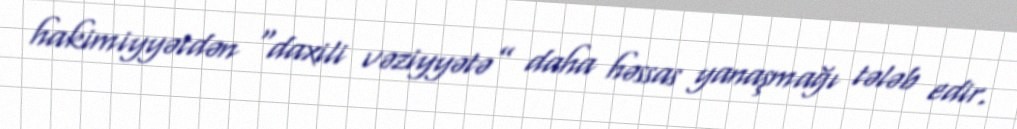
hakimiyyətdən “daxili vəziyyətə” daha həssas yanaşmağı tələb edir.